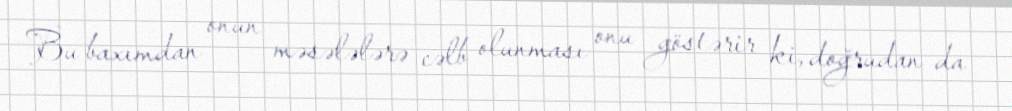
Bu baxımdan onun məsələlərə cəlb olunması onu göstərir ki, doğrudan da